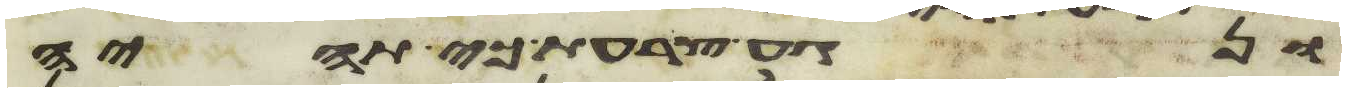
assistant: ונגע צרעת כי תהיה